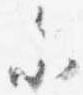
参